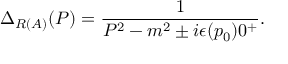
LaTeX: \Delta _ { R ( A ) } ( P ) = \frac { 1 } { P ^ { 2 } - m ^ { 2 } \pm i \epsilon ( p _ { 0 } ) 0 ^ { + } } .